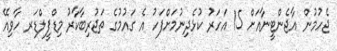
ޖެހުމުން އާޖެންޓީނާއަށް 15 އަހަރު ކުޅެދިނުމަށްފަހު އެ ގައުމުގެ ތަޖުރިބާކާރު މިޑްފީލްޑަރ ހާވިއޭ